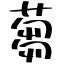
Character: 蒭